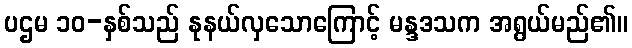
ပဌမ ၁၀-နှစ်သည် နုနယ်လှသောကြောင့် မန္ဒဒသက အရွယ်မည်၏။